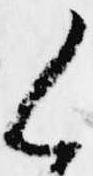
く